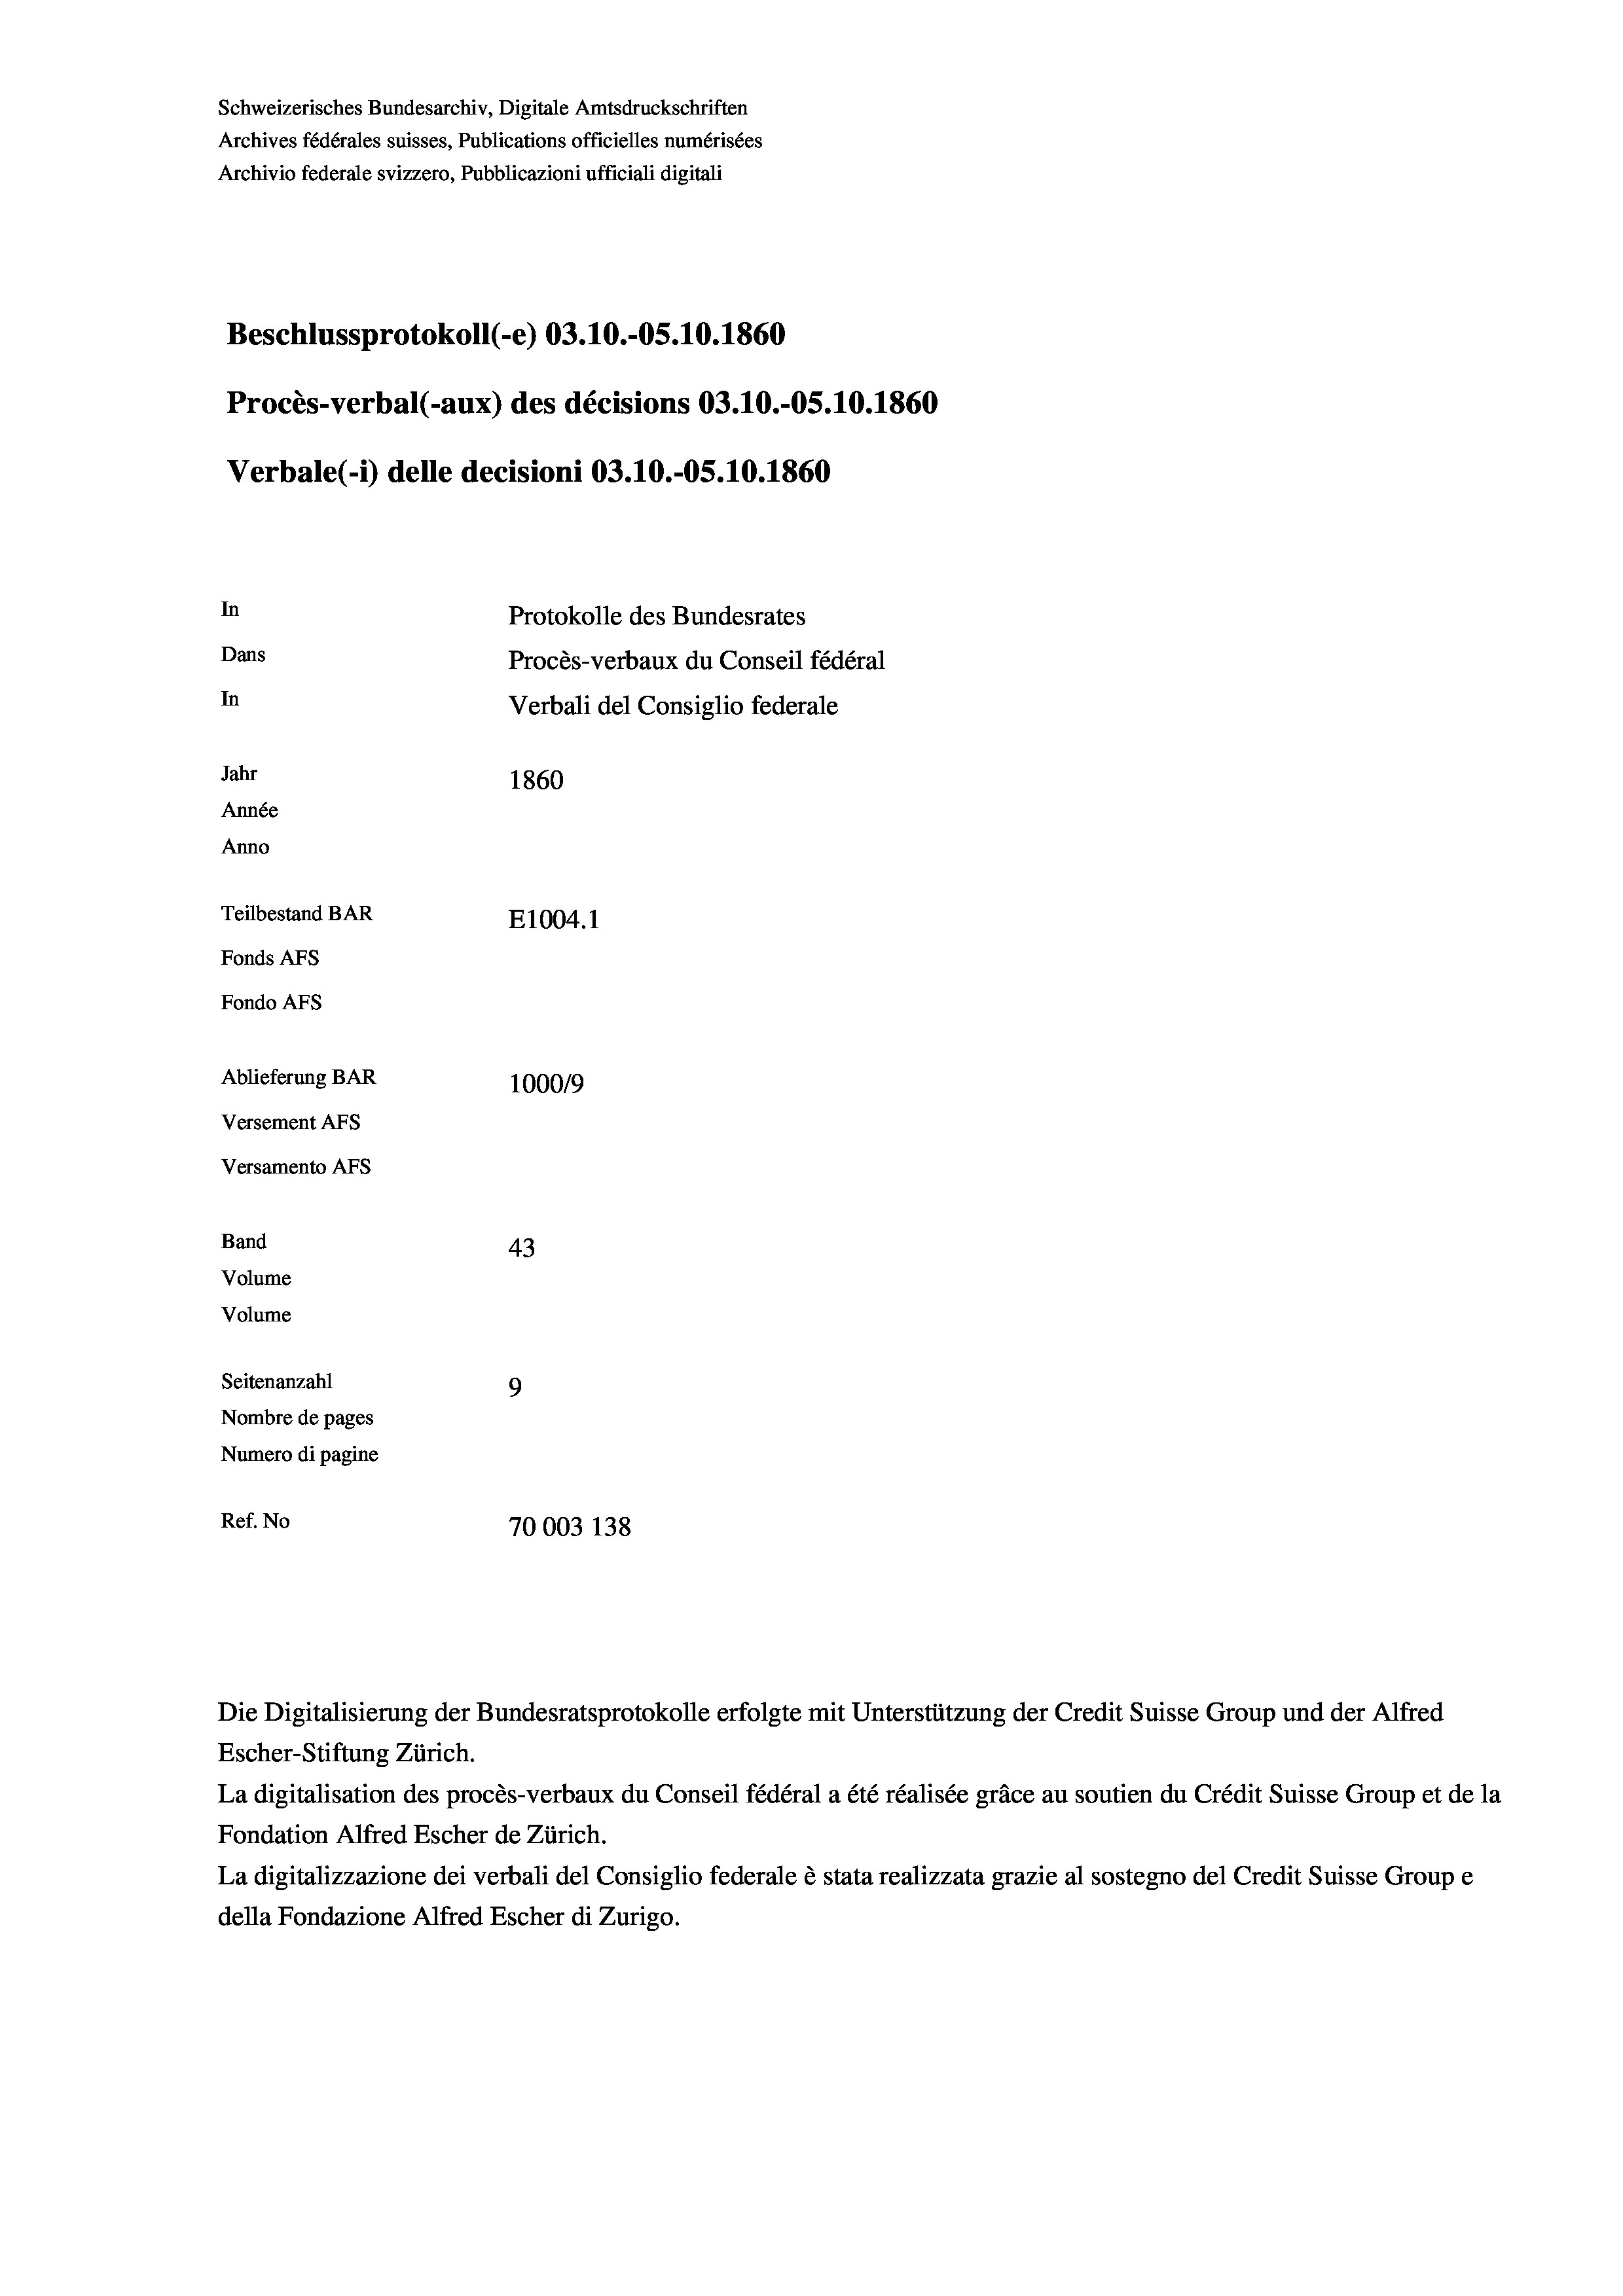
Schweizerisches Bundesarchiv, Digitale Amtsdruckschriften
Archives fédérales suisses, Publications officielles numérisées
Archivio federale svizzero, Pubblicazioni ufficiali digitali
Beschlussprotokoll (-e) 03.10.-05. 10. 1860
Procès-verbal (-aux) des décisions 03.10.-O5.10.1860
Verbale (i) delle decisioni 03.10.-05.10.1860
In
Protokolle des Bundesrates
Dans
Procès-verbaux du Conseil fédéral
In
Verbali del Consiglio federale
Jahr
1860
Année
Anno
Teilbestand BAR
E1004. 1
Fonds AFs
Fondo Afs
Ablieferung BAR
100019
Versement AFs
Versamento Afs
Band
43
Volume
Volume
Seitenanzahl
9
Nombre de pages
Numero di pagine

Ref. No
70003 138

La digitalisation des procès-verbaux du Conseil fédéral a été réalisée gräce au soutien du Crédit Suisse Group et de la
Fondation Alfred Escher de Zürich.
La digitalizzazione dei verbali del Consiglio federale è stata realizzata grazie al sostegno del Credit Suisse Groupe
della Fondazione Alfred Escher di Zurigo.

Escher-Stiftung Zürich.

Die Digitalisierung der Bundesratsprotokolle erfolgte mit Unterstützung der Credit Suisse Group und der Alfred